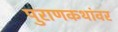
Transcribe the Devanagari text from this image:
पुराणकथांवर